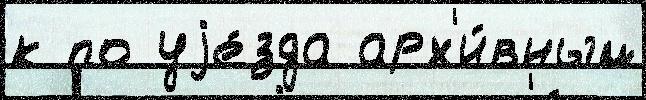
к по уjе́зда арх'и́вным